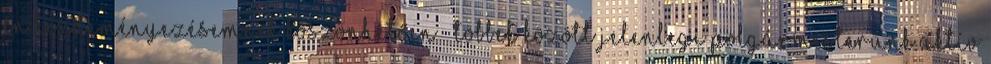
én kezdeményezésemnek köszönhetően – többek között jelenlegi polgármesterünk aktív